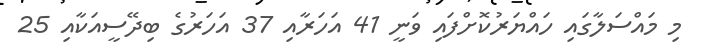
މި މައްސަލާގައި ހައްޔަރުކޮށްފައި ވަނީ 41 އަހަރާއި 37 އަހަރުގެ ބިދޭސީއަކާއި 25